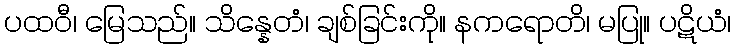
ပထဝီ၊ မြေသည်။ သိန္နေတံ၊ ချစ်ခြင်းကို။ နကရောတိ၊ မပြု။ ပဋိယံ၊